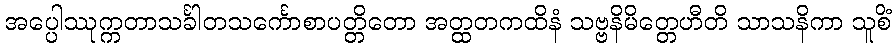
အပ္ပေါဿုက္ကတာသင်္ခါတသင်္ကောစာပတ္တိတော အတ္ထတကထိနံ သဗ္ဗနိမိတ္တေဟီတိ သာသနိကာ သူစိံ